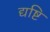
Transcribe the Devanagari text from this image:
द्यष्टि